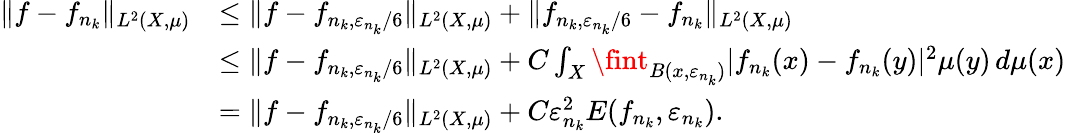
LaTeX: \begin{array}{rl}{\| f-f_{n_{k}}\| _{L^{2}(X,\mu)}}&{\leq\| f-f_{n_{k},\varepsilon_{n_{k}}{/6}}\| _{L^{2}(X,\mu)}+\| f_{n_{k},\varepsilon_{n_{k}}/6}-f_{n_{k}}\| _{L^{2}(X,\mu)}}\\ &{\leq\| f-f_{n_{k},\varepsilon_{n_{k}}/6}\| _{L^{2}(X,\mu)}+C\int_{X}\fint_{B(x,\varepsilon_{n_{k}})}|f_{n_{k}}(x)-f_{n_{k}}(y)|^{2}\mu(y)\, d\mu(x)}\\ &{=\| f-f_{n_{k},\varepsilon_{n_{k}}{/6}}\| _{L^{2}(X,\mu)}+C\varepsilon_{n_{k}}^{2}E(f_{n_{k}},\varepsilon_{n_{k}}).}\end{array}